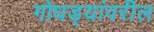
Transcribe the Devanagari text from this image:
गोधड्यांवरील